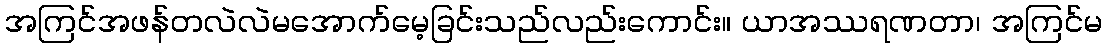
အကြင်အဖန်တလဲလဲမအောက်မေ့ခြင်းသည်လည်းကောင်း။ ယာအဿရဏတာ၊ အကြင်မ